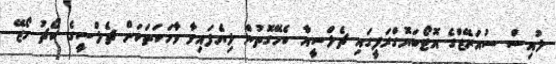
ލުއިސް ސުއަރޭޒްގެ އޮޓޯބަޔޮގްރަފީގައި ޗެލްސީއާ ބެހޭގޮތުން ލިޔެފައިވާ ވާހަކަތަކަށް ޗެލްސީގެ ކޯޗު ހޯޒޭ